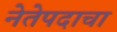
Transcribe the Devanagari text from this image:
नेतेपदाचा